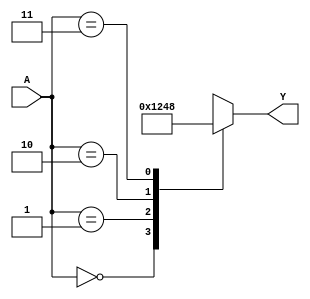
/*--------------------------------------------------------------------------------------------------- 	
*- File name: 			decoder24.v
*- Top Module name: 	decoder24_en
  - Submodules:		N/A
*- Description:			Implementation of a 2-4 decoder module (without Enable)
*- 
*- Example of Usage:
	You can implement this code on all variants of STEPFPGA family boards. 
	If you want to implement this code on board and observe the logic behaviors: 
		- assign A[1] , A[0] to 2 on-board switches
		- assign Y[3]...Y[0] to 4 on-board LEDs 
	
*- Copyright of this code: MIT License
--------------------------------------------------------------------------------------------------- */

module decoder24 (
   input      [1: 0] A,			// 2 input signals, MSB is A[1]          
   output reg [3: 0] Y      	// 4 output signals, MSB is Y[3], LSB is Y[0]
); 	

always @ (A) begin				// This block statement takes place when A changes
    case  (A)  
        2'b00:  Y = 4'b0001;    // 4'b0001 means it is a 4 bit binary number of 0001
        2'b01:  Y = 4'b0010; 
        2'b10:  Y = 4'b0100; 
        2'b11:  Y = 4'b1000; 
    endcase
end
endmodule